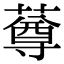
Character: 䔿